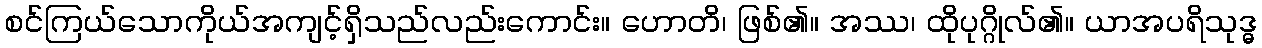
စင်ကြယ်သောကိုယ်အကျင့်ရှိသည်လည်းကောင်း။ ဟောတိ၊ ဖြစ်၏။ အဿ၊ ထိုပုဂ္ဂိုလ်၏။ ယာအပရိသုဒ္ဓ